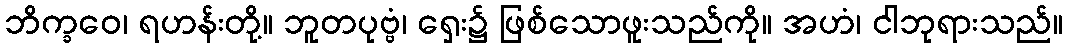
ဘိက္ခဝေ၊ ရဟန်းတို့။ ဘူတပုဗ္ဗံ၊ ရှေး၌ ဖြစ်သောဖူးသည်ကို။ အဟံ၊ ငါဘုရားသည်။